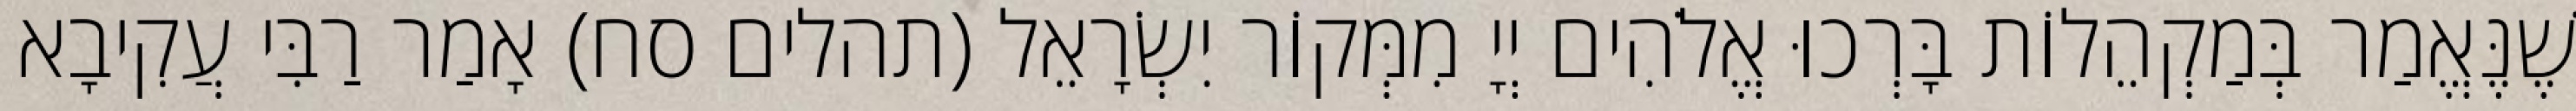
שֶׁנֶּאֱמַר בְּמַקְהֵלוֹת בָּרְכוּ אֱלֹהִים יְיָ מִמְּקוֹר יִשְׂרָאֵל (תהלים סח) אָמַר רַבִּי עֲקִיבָא